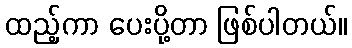
ထည့်ကာ ပေးပို့တာ ဖြစ်ပါတယ်။